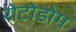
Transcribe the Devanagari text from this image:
रोटोडोम